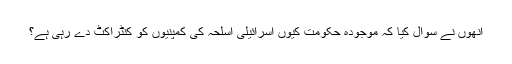
انھوں نے سوال کیا کہ موجودہ حکومت کیوں اسرائیلی اسلحہ کی کمپنیوں کو کنٹراکٹ دے رہی ہے؟